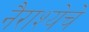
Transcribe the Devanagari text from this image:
नैराश्येचे